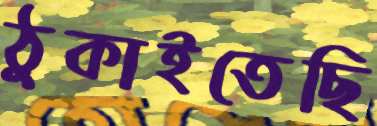
ঠুকাইতেছি